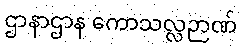
ဌာနာဌာန ကောသလ္လဉာဏ်